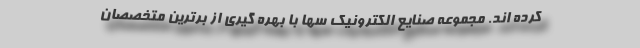
کرده اند. مجموعه صنایع الکترونیک سها با بهره گیری از برترین متخصصان